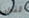
لنكن